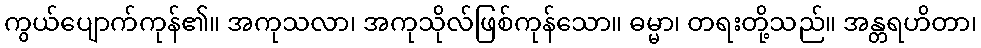
ကွယ်ပျောက်ကုန်၏။ အကုသလာ၊ အကုသိုလ်ဖြစ်ကုန်သော။ ဓမ္မာ၊ တရးတို့သည်။ အန္တရဟိတာ၊